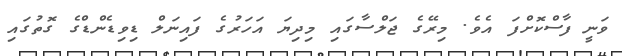
ވަނީ ފާސްކޮށްފަ އެވެ. މިރޭގެ ޖަލްސާގައި މިދިޔަ އަހަރުގެ ފައިނަލް ޑިވިޑެންޑްގެ ގޮތުގައި